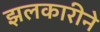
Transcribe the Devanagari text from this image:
झलकारीने